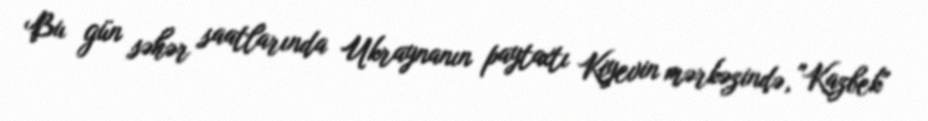
Bu gün səhər saatlarında Ukraynanın paytaxtı Kiyevin mərkəzində, "Kazbek"